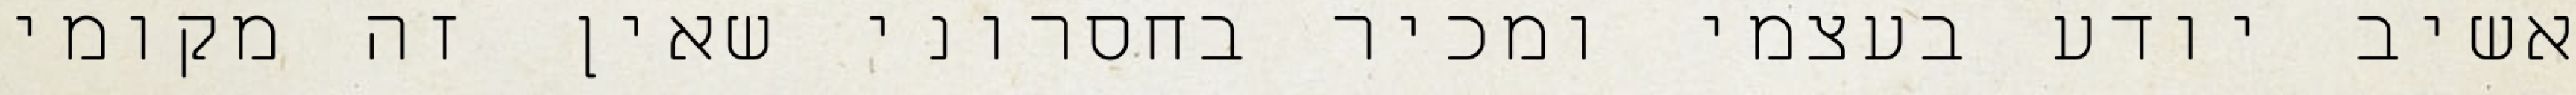
אשיב יודע בעצמי ומכיר בחסרוני שאין זה מקומי